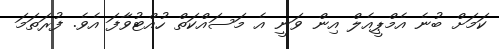
ކަމަށް ބުނެ އެމްޕީއެލް އިން ވަނީ އެ މަސައްކަތް ހުއްޓުވާފަ އެވެ. ފުރަތަމަ